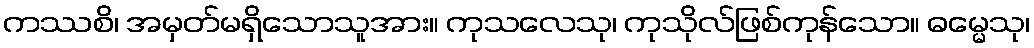
ကဿစိ၊ အမှတ်မရှိသောသူအား။ ကုသလေသု၊ ကုသိုလ်ဖြစ်ကုန်သော။ ဓမ္မေသု၊